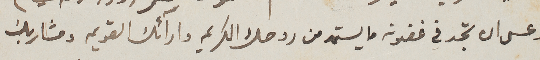
وعسى ان تجد في غضونه ما يستمد من روحك الكريمه وارآئك القديمه ومشاربك